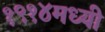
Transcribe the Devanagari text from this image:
१९१४मध्यी